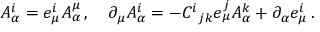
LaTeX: A _ { \alpha } ^ { i } = e _ { \mu } ^ { i } A _ { \alpha } ^ { \mu } \, , \quad \partial _ { \mu } A _ { \alpha } ^ { i } = - C ^ { i } { } _ { j k } e _ { \mu } ^ { j } A _ { \alpha } ^ { k } + \partial _ { \alpha } e _ { \mu } ^ { i } \, .